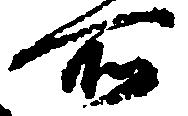
所